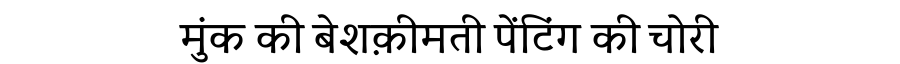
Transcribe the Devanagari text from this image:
मुंक की बेशक़ीमती पेंटिंग की चोरी